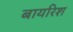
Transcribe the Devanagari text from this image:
बायरिश